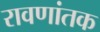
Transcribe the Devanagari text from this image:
रावणांतक